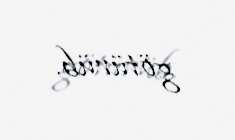
götürüb.